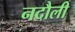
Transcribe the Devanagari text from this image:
नदौली